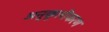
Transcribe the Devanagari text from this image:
अनुकूलीकरण